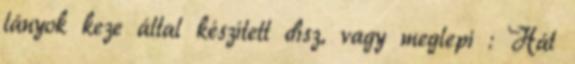
lányok keze által készített dísz, vagy meglepi : Hát